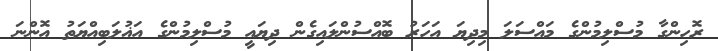
ރޮހިންގާ މުސްލިމުންގެ މައްސަލަ މިދިޔަ އަހަރު ބޮއްސުންލައިގެން ދިޔައީ މުސްލިމުންގެ އަޣުލަބިއްޔަތު އޮންނަ